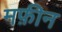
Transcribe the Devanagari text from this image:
मफ़ीन